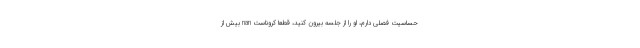
حساسیت فصلی دارم، او را از جلسه بیرون کنید، قطعا کروناست nan بیش از